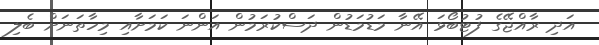
އަދި ރާއްޖޭގެ ފުޓުބޯޅަ އޭނާ މަޑުމަޑުން ދަސްކުރަމުން އަންނަ ކަމަށާއި މިހާތަނަށް ބެލި